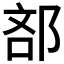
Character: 𮟼